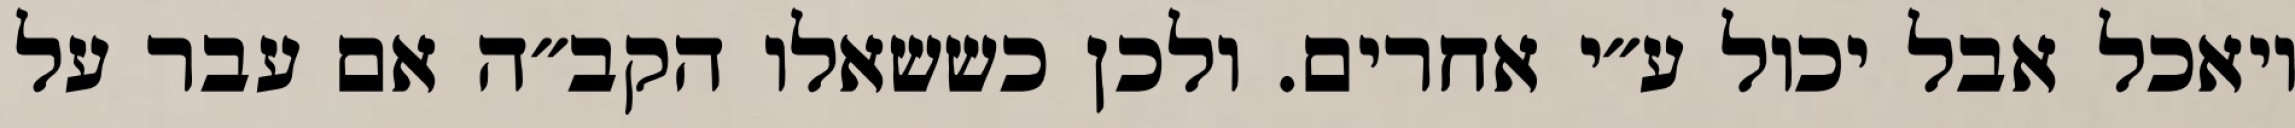
ויאכל אבל יכול ע״י אחרים. ולכן כששאלו הקב״ה אם עבר על